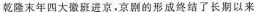
乾隆末年四大徽班进京。京剧的形成终结了长期以来